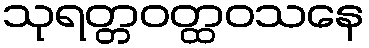
သုရတ္တဝတ္ထဝသနေ